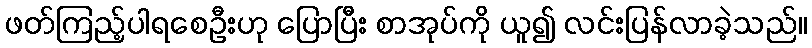
ဖတ်ကြည့်ပါရစေဦးဟု ပြောပြီး စာအုပ်ကို ယူ၍ လင်းပြန်လာခဲ့သည်။